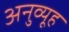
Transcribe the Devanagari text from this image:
अनुव्यूह